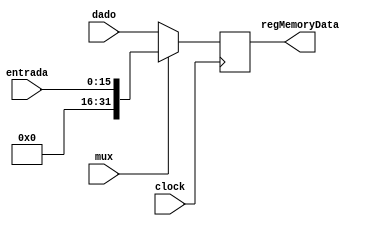
module MemData (
	input mux,
	input [15:0] entrada,
	input clock,
	input [31:0] dado,
	output [31:0] regMemoryData
	);
	
	reg [31:0] MemoryData;
	
	always @(negedge clock) begin
	
		if(mux)
			MemoryData <= entrada;
		else
			MemoryData <= dado;
			
	end
	
	assign regMemoryData = MemoryData;
	
endmodule